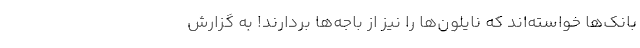
بانک‌ها خواسته‌اند که نایلون‌ها را نیز از باجه‌ها بردارند! به گزارش